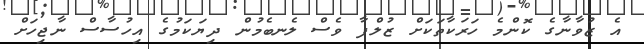
އެ ޒުވާނާގެ ކޮންމެ ހަރަކާތަކަށް ޒުލްފާ ވެސް ލެނބެމުން ދިޔަކަމުގެ އިހުސާސް ނާޖިހަށް